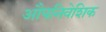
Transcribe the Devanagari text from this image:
औपनिवेशिक